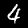
Digit: 4